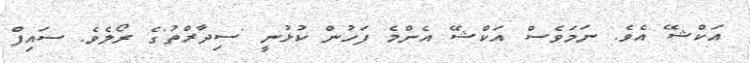
އަކްޝޭ އެވެ. ނަމަވެސް އަކްޝޭ އެންމެ ފަހުން ކުޅުނީ 'ސިދާރްތު'ގެ ރޯލެވެ. ސައިފް